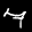
Label: 7